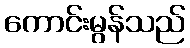
ကောင်းမွန်သည်